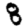
Digit: 8